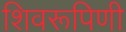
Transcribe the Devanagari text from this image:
शिवरूपिणी